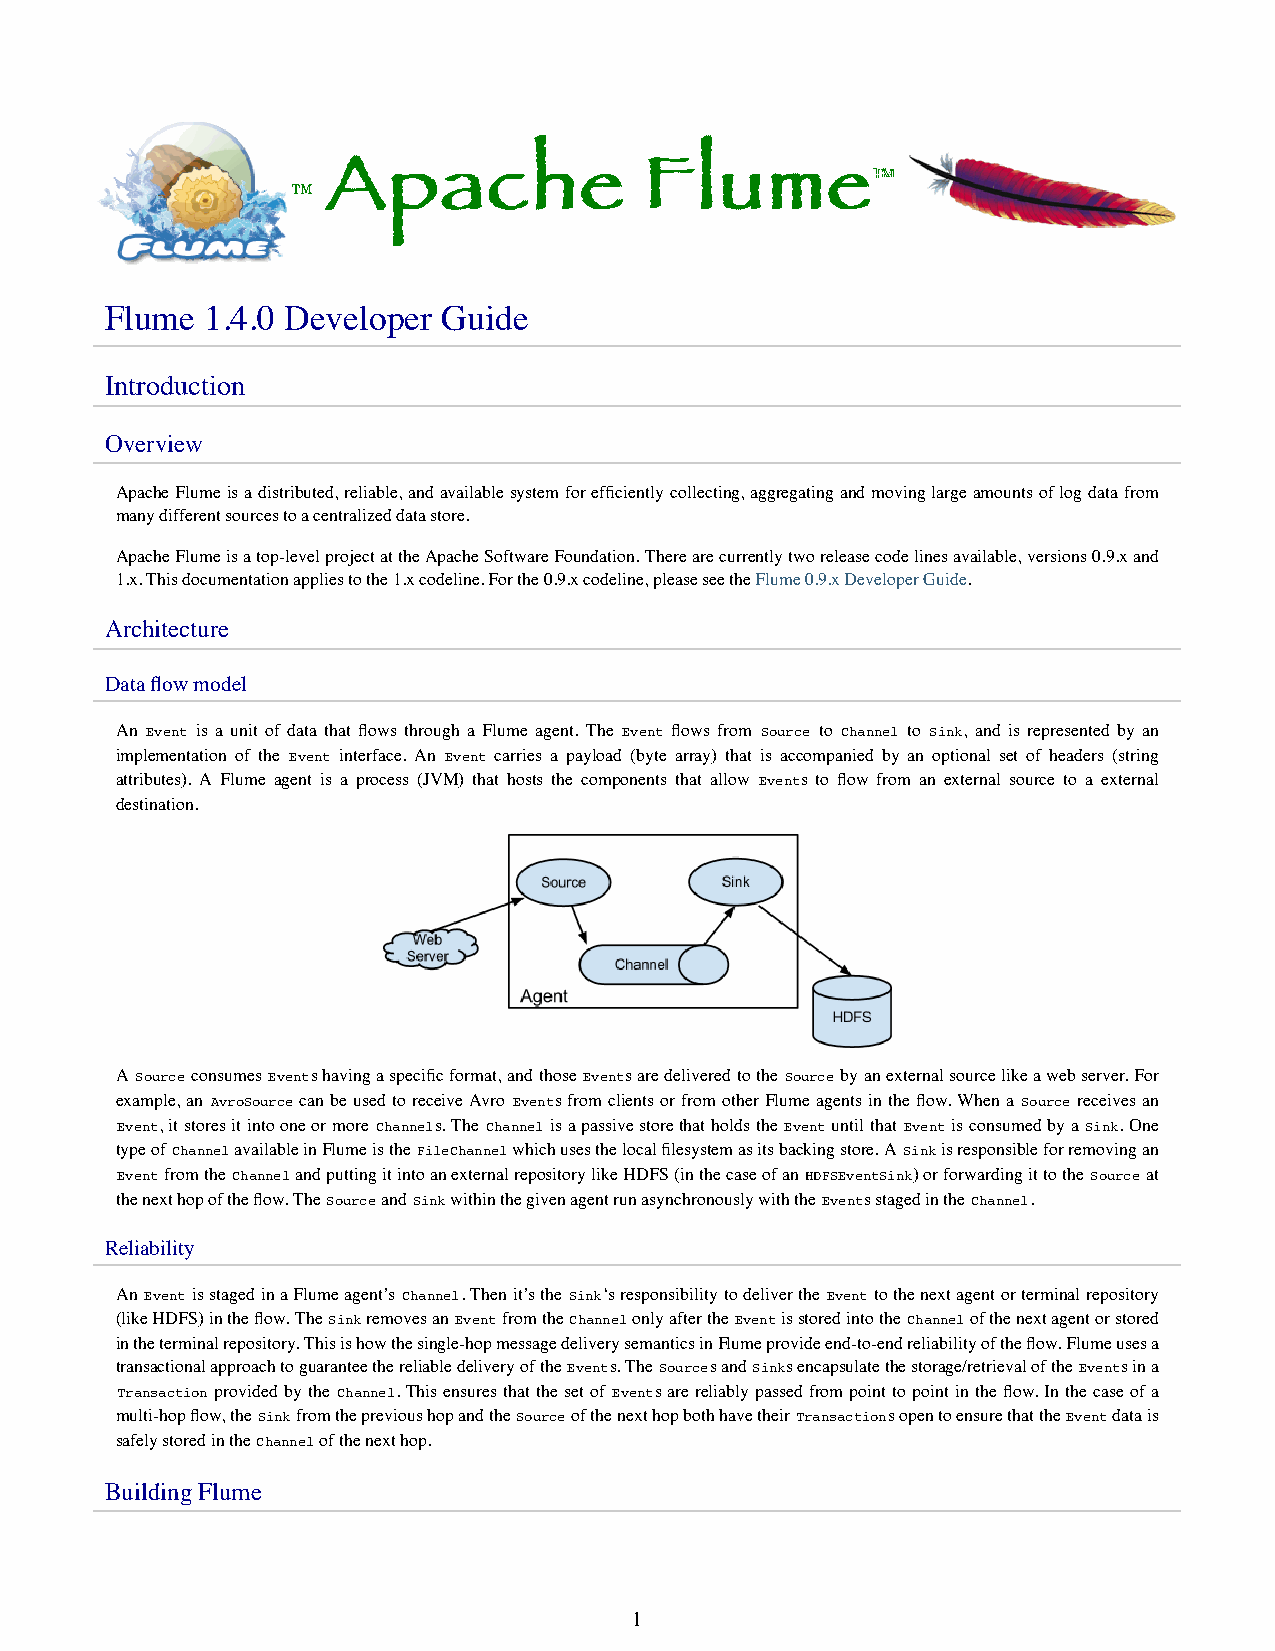
™  AAApppaaaccchhheee   FFFllluuummmeee™™
 Flume  1.4.0 Developer Guide
 Introduction
 Overview
 Apache Flume is a distributed, reliable, and available system for efficiently collecting, aggregating and moving large amounts of log data from
 many different sources to a centralized data store.
 Apache Flume is a top-level project at the Apache Software Foundation. There are currently two release code lines available, versions 0.9.x and
 1.x. This documentation applies to the 1.x codeline. For the 0.9.x codeline, please see the Flume 0.9.x Developer Guide.
 Architecture
 Data flow model
 An Event is a unit of data that flows through a Flume agent. The Event flows from Source to Channel to Sink, and is represented by an
 implementation of the Event interface. An Event carries a payload (byte array) that is accompanied by an optional set of headers (string
 attributes). A Flume agent is a process (JVM) that hosts the components that allow Events to flow from an external source to a external
 destination.
 A Source consumes Events having a specific format, and those Events are delivered to the Source by an external source like a web server. For
 example, an AvroSource can be used to receive Avro Events from clients or from other Flume agents in the flow. When a Source receives an
 Event, it stores it into one or more Channels. The Channel is a passive store that holds the Event until that Event is consumed by a Sink. One
 type of Channel available in Flume is the FileChannel which uses the local filesystem as its backing store. A Sink is responsible for removing an
 Event from the Channel and putting it into an external repository like HDFS (in the case of an HDFSEventSink) or forwarding it to the Source at
 the next hop of the flow. The Source and Sink within the given agent run asynchronously with the Events staged in the Channel.
 Reliability
 An Event is staged in a Flume agent’s Channel. Then it’s the Sink‘s responsibility to deliver the Event to the next agent or terminal repository
 (like HDFS) in the flow. The Sink removes an Event from the Channel only after the Event is stored into the Channel of the next agent or stored
 in the terminal repository. This is how the single-hop message delivery semantics in Flume provide end-to-end reliability of the flow. Flume uses a
 transactional approach to guarantee the reliable delivery of the Events. The Sources and Sinks encapsulate the storage/retrieval of the Events in a
 Transaction provided by the Channel. This ensures that the set of Events are reliably passed from point to point in the flow. In the case of a
 multi-hop flow, the Sink from the previous hop and the Source of the next hop both have their Transactions open to ensure that the Event data is
 safely stored in the Channel of the next hop.
 Building Flume
 1